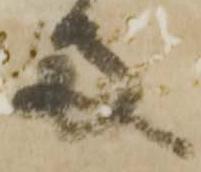
両